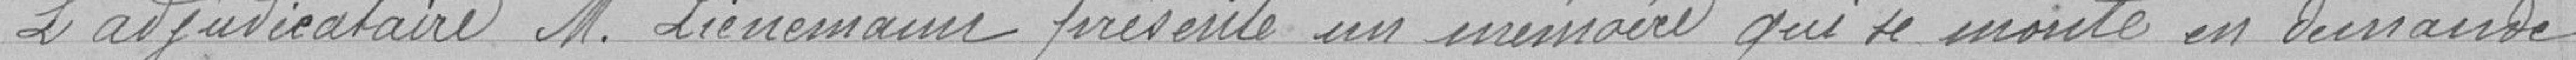
L'adjudicataire Monsieur LIENEMANN présente un mémoire qui se monte en demande